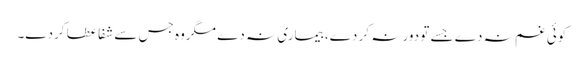
کوئی غم نہ دے جسے تو دور نہ کر دے، بیماری نہ دے مگروہ جس سے شفا عطا کردے۔